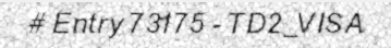
# Entry 73175 - TD2_VISA